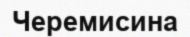
Черемисина